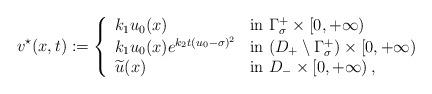
LaTeX: \begin{align*}v^\star(x,t) := \left\{\begin{array}{ll}k_1u_0(x) & \mbox{in } \Gamma^+_\sigma \times [0,+\infty) \\k_1u_0(x)e^{k_2t(u_0 - \sigma)^2} & \mbox{in } (D_+ \setminus \Gamma^+_{\sigma}) \times [0,+\infty)\\\widetilde u(x) & \mbox{in } D_- \times [0,+\infty)\, ,\end{array}\right.\end{align*}